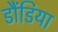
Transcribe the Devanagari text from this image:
डौंडिया